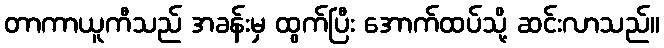
တာကာယူကီသည် အခန်းမှ ထွက်ပြီး အောက်ထပ်သို့ ဆင်းလာသည်။